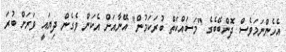
އެހެންނަމަވެސް ދޮންބޭބެގެ "މަސައްކަތް ބުރަކަމުން" އޭނާއަށް އެކަން ވެގެން ދިޔައީ ވަރަށް ބުރަ